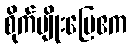
စိုက်ပျိုးမြေဧက